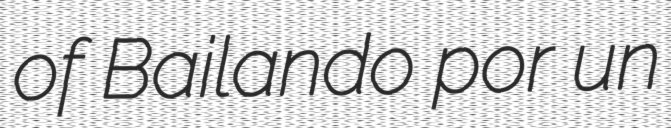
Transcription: of Bailando por un